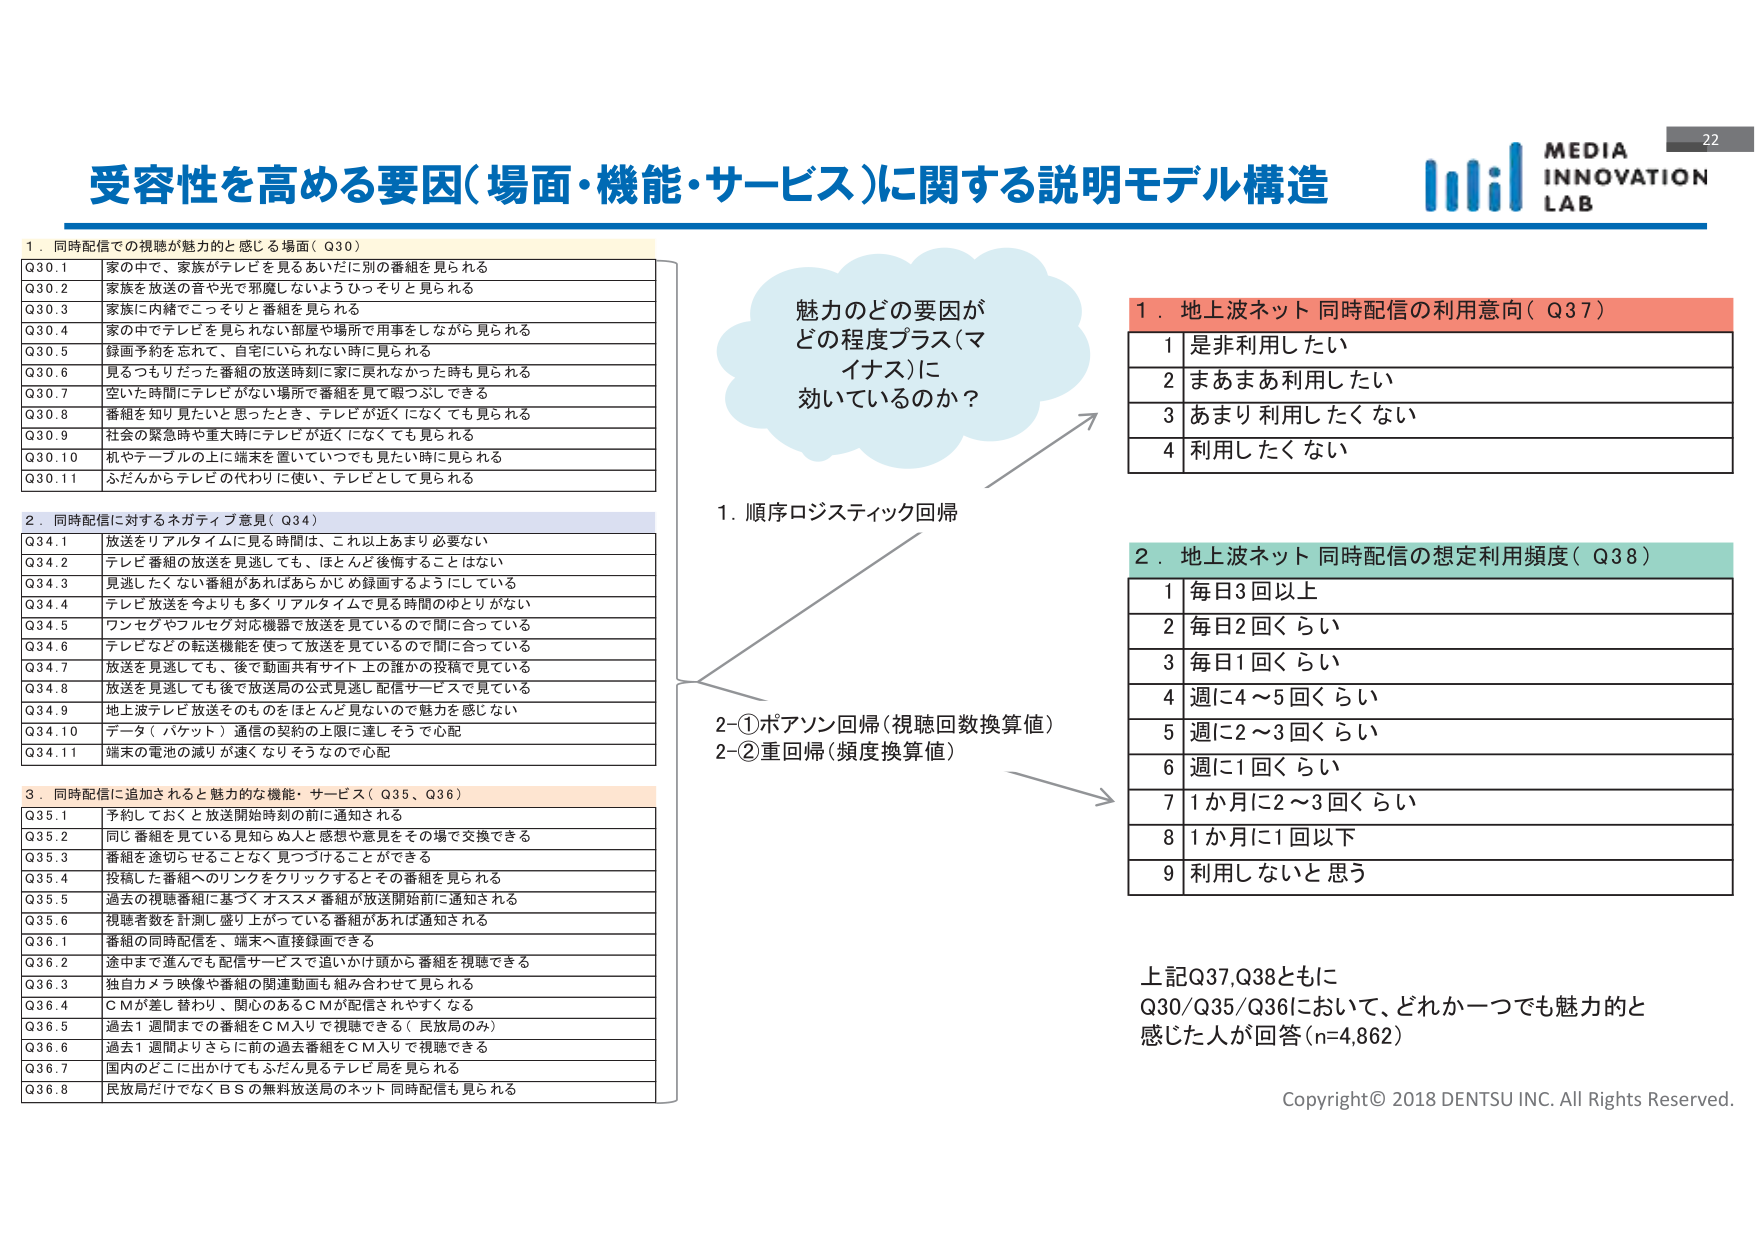
受容性を高める要因(場面・機能・サービス)に関する説明モデル構造

1. 同時配信での視聴が魅力と感じる場面（Q30）
Q30.1 家の中で、家族がテレビを見るあいだに別の番組を見られる
Q30.2 家族を放送の音や光で邪魔しないようひっそりと見られる
Q30.3 家族に内緒でこっそりと番組を見られる
Q30.4 家の中でテレビを見られない部屋や場所で用事をしながら見られる
Q30.5 録画予約を忘れて、自宅にいられない時に見られる
Q30.6 見るつもりだった番組の放送時刻に家に戻れなかった時も見られる
Q30.7 空いた時間にテレビがない場所で番組を見て暇つぶしできる
Q30.8 番組を知りたいと思ったとき、テレビが近くになくても見られる
Q30.9 社会の緊急時や重大時にテレビが近くになくても見られる
Q30.10 机やテーブルの上に端末を置いていつでも見たい時に見られる
Q30.11 ふだんからテレビの代わりに使い、テレビとして見られる

2. 同時配信に対するネガティブ意見（Q34）
Q34.1 放送をリアルタイムに見る時間は、これ以上あまり必要ない
Q34.2 テレビ番組の放送を見逃しても、ほとんど後悔することはない
Q34.3 見逃したくない番組があればあらかじめ録画するようにしている
Q34.4 テレビ放送を今よりも多くリアルタイムで見る時間のゆとりがない
Q34.5 ワンセグやフルセグ対応機器で放送を見ているので間に合っている
Q34.6 テレビなどの転送機能を使って放送を見ているので間に合っている
Q34.7 放送を見逃しても、後で動画共有サイト上の誰かの投稿で見ている
Q34.8 放送を見逃しても後で放送局の公式見逃し配信サービスで見ている
Q34.9 地上波テレビ放送そのものをほとんど見ないので魅力を感じない
Q34.10 データ（パケット）通信の契約の上限に達しそうで心配
Q34.11 端末の電池の減りが速くなりそうなので心配

3. 同時配信に追加されると魅力的な機能・サービス（Q35、Q36）
Q35.1 予約しておくと放送開始時刻の前に通知される
Q35.2 同じ番組を見ている見知らぬ人と感想や意見をその場で交換できる
Q35.3 番組を途切らせることがなく見つづけることができる
Q35.4 投稿した番組へのリンクをクリックするとその番組を見られる
Q35.5 過去の視聴番組に基づくオススメ番組が放送開始前に通知される
Q35.6 視聴者数を計測し盛り上がっている番組があれば通知される
Q36.1 番組の同時配信を、端末へ直接録画できる
Q36.2 途中まで進んでも配信サービスで追いかけ頭から番組を視聴できる
Q36.3 独自カメラ映像や番組の関連動画も組み合わせて見られる
Q36.4 CMが差し替わり、関心のあるCMが配信されやすくなる
Q36.5 過去1週間までの番組をCM入りで視聴できる（民放局のみ）
Q36.6 過去1週間よりさらに前の過去番組をCM入りで視聴できる
Q36.7 国内のどこに出かけてもふだん見るテレビ局を見られる
Q36.8 民放局だけでなくBSの無料放送局のネット同時配信も見られる

魅力のどの要因が
どの程度プラス（マイナス）に
効いているのか？

1. 順序ロジスティック回帰
2-①ポアソン回帰（視聴回数換算値）
2-②重回帰（頻度換算値）

1. 地上波ネット同時配信の利用意向（Q37）
1 是非利用したい
2 まあまあ利用したい
3 あまり利用したくない
4 利用したくない

2. 地上波ネット同時配信の想定利用頻度（Q38）
1 毎日3回以上
2 毎日2回くらい
3 毎日1回くらい
4 週に4～5回くらい
5 週に2～3回くらい
6 週に1回くらい
7 1か月に2～3回くらい
8 1か月に1回以下
9 利用しないと思う

上記Q37、Q38ともに
Q30/Q35/Q36において、どれか一つでも魅力的と
感じた人が回答（n=4,862）

Copyright© 2018 DENTSU INC. All Rights Reserved.

MEDIA
INNOVATION
LAB

22